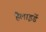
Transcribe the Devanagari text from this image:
हैलाइडें